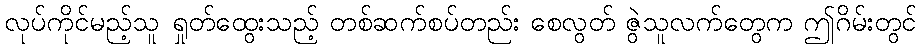
လုပ်ကိုင်မည့်သူ ရှုတ်ထွေးသည့် တစ်ဆက်စပ်တည်း စေလွတ် ဇွဲသူလက်တွေက ဤဂိမ်းတွင်